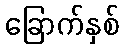
ခြောက်နှစ်